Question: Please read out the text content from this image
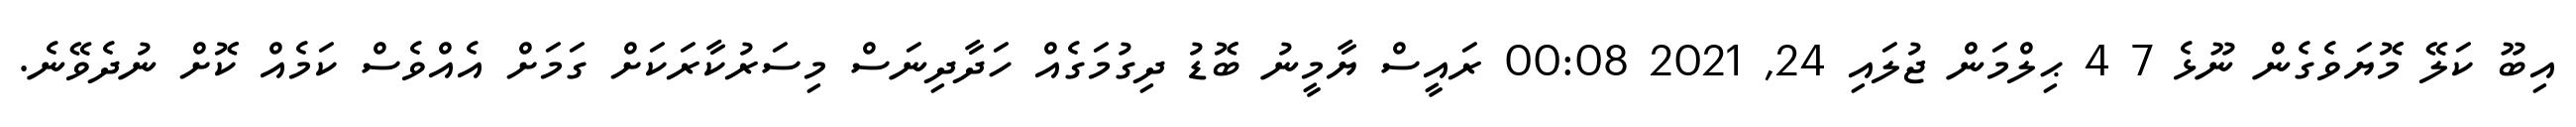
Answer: އިބޫ ކަލޭ މޮޔަވެގެން ނޫޅެ 7 4 ޙިލްމަން ޖުލައި 24, 2021 00:08 ރައީސް ޔާމީނު ބޮޑު ދިގުމަގެއް ހަދާދިނަސް މިސަރުކާރަކަށް ގަމަށް އެއްވެސް ކަމެއް ކޮށް ނުދެވޭނެ.